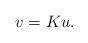
LaTeX: \begin{align*}v=Ku. \end{align*}